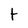
Character: t